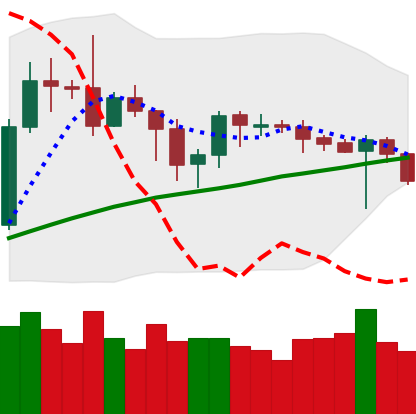
Ticker: BTC-USD
Chart end date: 2019-09-21
Forward return: -18.97%
Label: down_7plus